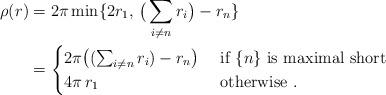
LaTeX: \begin{align*}\rho(r)&=2\pi \min \{2r_1,\,\big(\sum_{i \neq n} r_i \big) - r_n\}\\&=\begin{cases}2 \pi \big((\sum_{i \neq n} r_i ) - r_n\big)& \textrm{ if $\{n\}$ is maximal short} \\4\pi \,r_1& \textrm{ otherwise }.\end{cases}\end{align*}